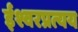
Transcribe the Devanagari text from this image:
ईश्वरप्रत्यय